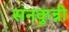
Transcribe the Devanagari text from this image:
सनकुन्नी